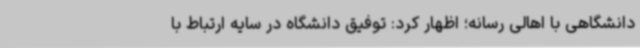
دانشگاهی با اهالی رسانه؛ اظهار کرد: توفیق دانشگاه در سایه ارتباط با